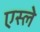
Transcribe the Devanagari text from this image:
एस्ले